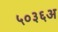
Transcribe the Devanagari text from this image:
५०३६अ